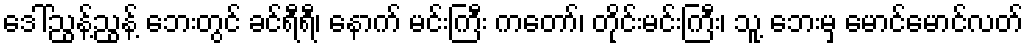
ဒေါ်ညွန့်ညွန့် ဘေးတွင် ခင်ရီရီ၊ နောက် မင်းကြီး ကတော်၊ တိုင်းမင်းကြီး၊ သူ့ ဘေးမှ မောင်မောင်လတ်